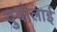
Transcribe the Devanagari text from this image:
दुदोलाई